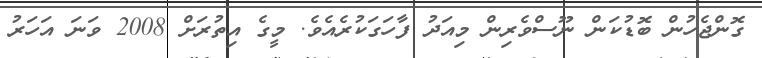
ގޮންޖެހުން ބޮޑުކަން ނޫސްވެރިން މިއަދު ފާހަގަކުރެއެވެ. މީގެ އިތުރަށް 2008 ވަނަ އަހަރު